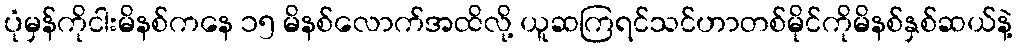
ပုံမှန်ကိုငါးမိနစ်ကနေ ၁၅ မိနစ်လောက်အထိလို့ ယူဆကြရင်သင်ဟာတစ်မိုင်ကိုမိနစ်နှစ်ဆယ်နဲ့